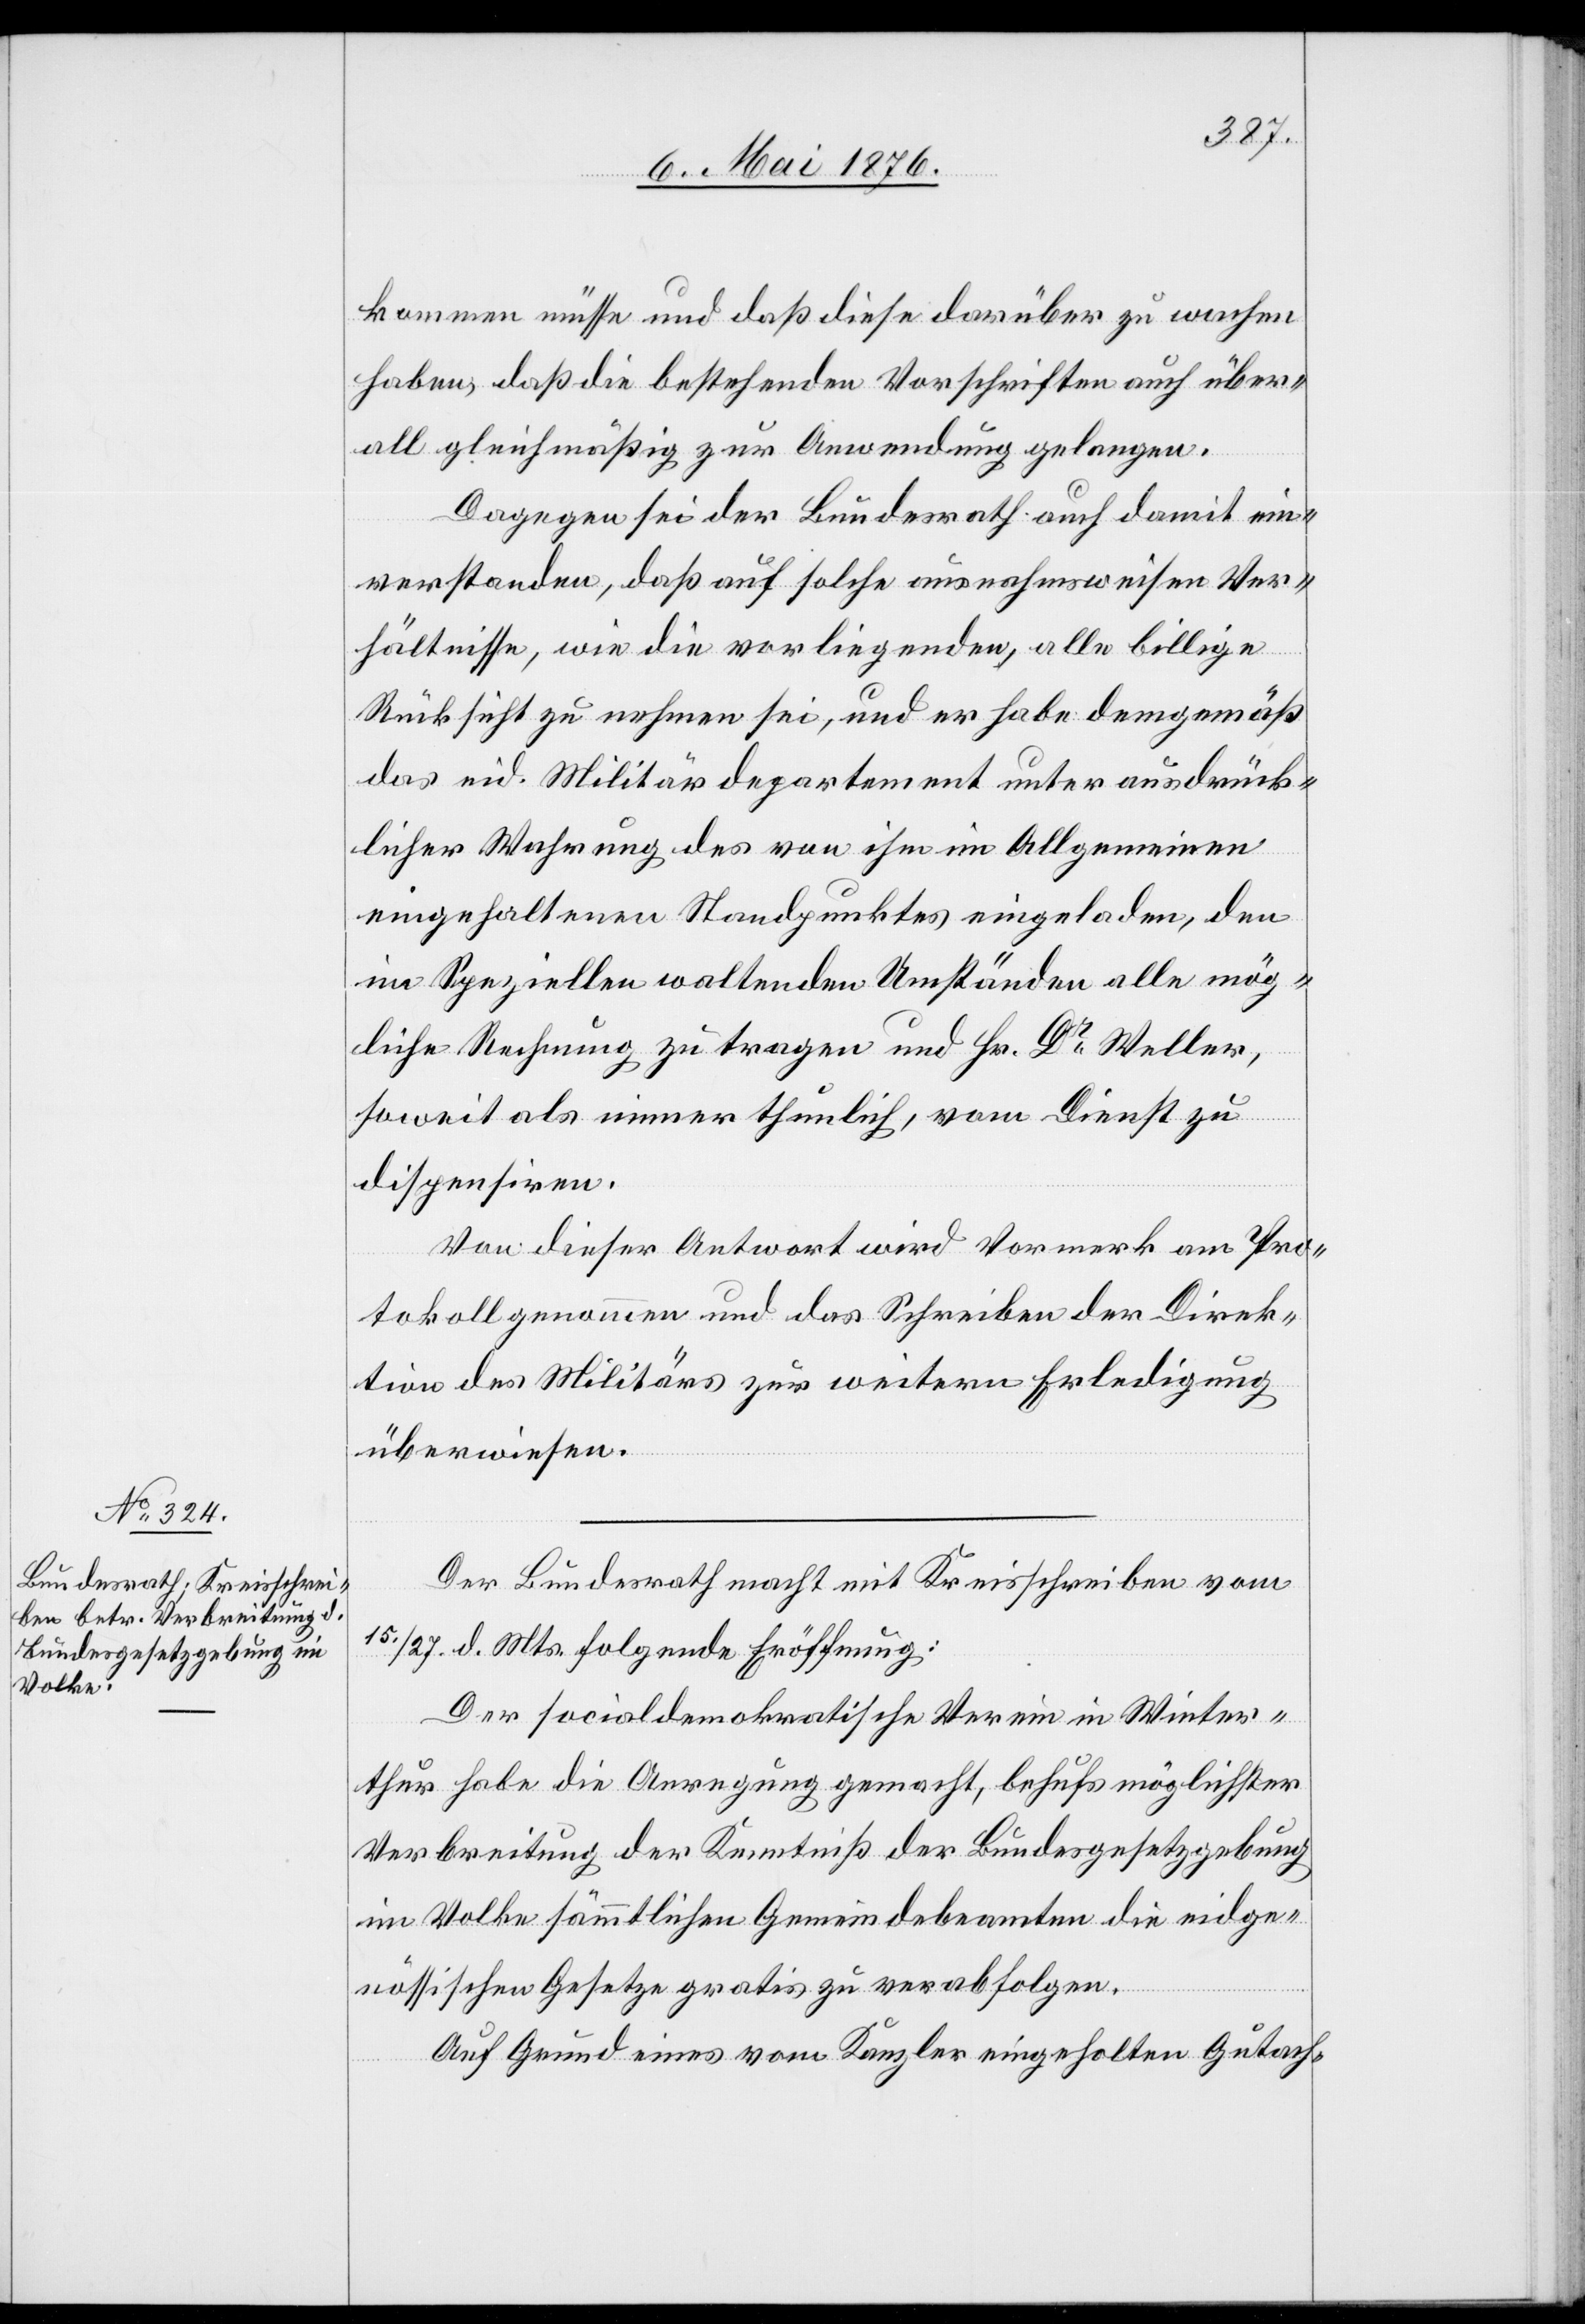
Hr.
kommen müsse und daß diese darüber zu wachen
haben, daß die bestehenden Vorschriften auch über¬
all gleichmäßig zur Anwendung gelangen.
Dagegen sei der Bundesrath auch damit ein¬
verstanden, daß auf solche ausnahmsweisen Ver¬
hältnisse, wie die vorliegenden alle billige
Rücksicht zu nehmen sei, und er habe demgemäß
das eid. Militärdepartement unter ausdrück¬
licher Wahrung des von ihm im Allgemeinen
eingehaltenen Standpunktes eingeladen, den
im Speziellen waltenden Umständen Rechnung
soweit als immer thunlich, vom Dienst zu
dispensiren.
Von dieser Antwort wir Vormerk am Pro¬
tokoll genommen und das Schreiben der Direk¬
tion des Militärs zur weitern Erledigung
überwiesen.
Der Bundesrath macht mit Kreisschreiben vom
15./27. d. Mts. folgende Eröffnung:
Der socialdemokratische Verein in Winter¬
thur habe die Anregung gemacht, behufs möglichster
Verbreitung der Kenntniß der Bundesgesetzgebung
im Volke sämmtlichen Gemeindebeamten die eidge¬
nössischen Gesetze gratis zu verabfolgen.
Auf Grund eines vom Kanzler eingeholten Gutach-